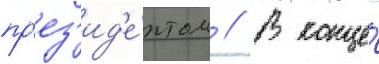
пр'ез'ид'е́нтом // В конце́